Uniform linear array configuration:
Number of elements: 4
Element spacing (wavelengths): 0.5
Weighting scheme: uniform
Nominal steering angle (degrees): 0
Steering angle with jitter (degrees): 1.321
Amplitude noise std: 0.05
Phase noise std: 0.05

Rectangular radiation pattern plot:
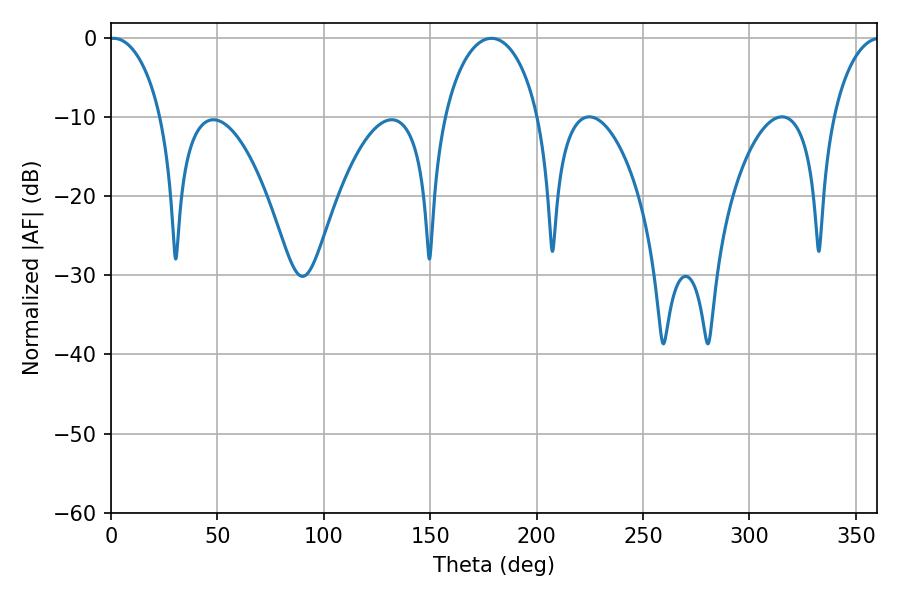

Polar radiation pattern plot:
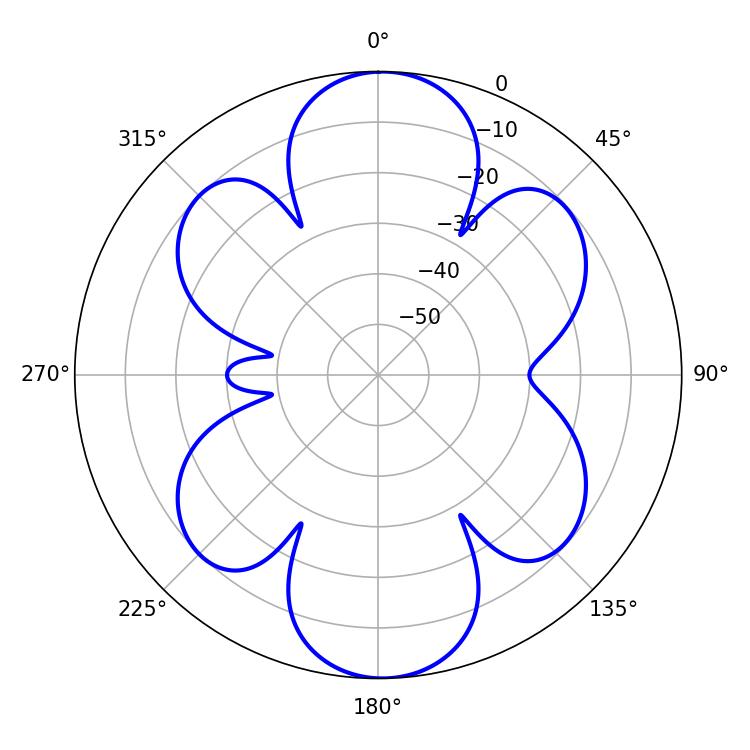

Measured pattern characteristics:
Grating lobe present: FALSE
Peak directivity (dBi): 19.408
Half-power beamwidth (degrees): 14.04
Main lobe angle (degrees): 1.26